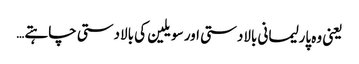
یعنی وہ پارلیمانی بالادستی اور سویلین کی بالادستی چاہتے…